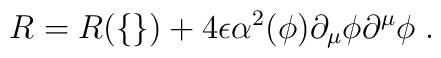
R = R(\{\}) + 4\epsilon \alpha^2(\phi)\partial_{\mu} \phi \partial^{\mu} \phi \; .